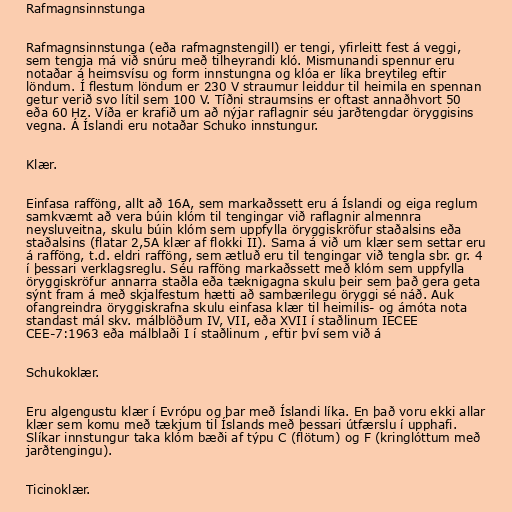
Rafmagnsinnstunga

Rafmagnsinnstunga (eða rafmagnstengill) er tengi, yfirleitt fest á veggi,
sem tengja má við snúru með tilheyrandi kló. Mismunandi spennur eru
notaðar á heimsvísu og form innstungna og klóa er líka breytileg eftir
löndum. Í flestum löndum er 230 V straumur leiddur til heimila en spennan
getur verið svo lítil sem 100 V. Tíðni straumsins er oftast annaðhvort 50
eða 60 Hz. Víða er krafið um að nýjar raflagnir séu jarðtengdar öryggisins
vegna. Á Íslandi eru notaðar Schuko innstungur.

Klær.

Einfasa rafföng, allt að 16A, sem markaðssett eru á Íslandi og eiga reglum
samkvæmt að vera búin klóm til tengingar við raflagnir almennra
neysluveitna, skulu búin klóm sem uppfylla öryggiskröfur staðalsins eða
staðalsins (flatar 2,5A klær af flokki II). Sama á við um klær sem settar eru
á rafföng, t.d. eldri rafföng, sem ætluð eru til tengingar við tengla sbr. gr. 4
í þessari verklagsreglu. Séu rafföng markaðssett með klóm sem uppfylla
öryggiskröfur annarra staðla eða tæknigagna skulu þeir sem það gera geta
sýnt fram á með skjalfestum hætti að sambærilegu öryggi sé náð. Auk
ofangreindra öryggiskrafna skulu einfasa klær til heimilis- og ámóta nota
standast mál skv. málblöðum IV, VII, eða XVII í staðlinum IECEE
CEE-7:1963 eða málblaði I í staðlinum , eftir því sem við á

Schukoklær.

Eru algengustu klær í Evrópu og þar með Íslandi líka. En það voru ekki allar
klær sem komu með tækjum til Íslands með þessari útfærslu í upphafi.
Slíkar innstungur taka klóm bæði af týpu C (flötum) og F (kringlóttum með
jarðtengingu).

Ticinoklær.